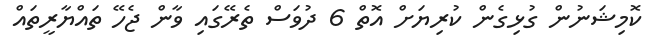
ކޮމިޝަނުން ގުޅިގެން ކުރިޔަށް އޮތް 6 ދުވަސް ތެރޭގައި ވާން ޖެހޭ ތައްޔާރީތައް